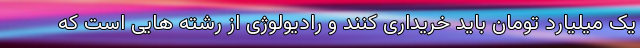
یک میلیارد تومان باید خریداری کنند و رادیولوژی از رشته هایی است که